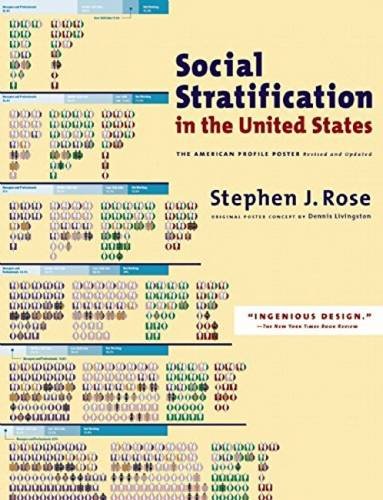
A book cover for Social Stratification in the United States: The American Profile Poster; Stephen J. Rose; Politics & Social Sciences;